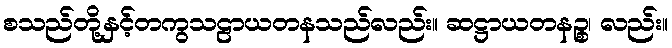
စသည်တို့နှင့်တကွသဠာယတနသည်လည်း။ ဆဋ္ဌာယတနဉ္စ၊ လည်း။